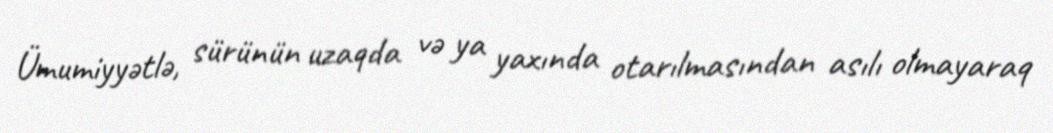
Ümumiyyətlə, sürünün uzaqda və ya yaxında otarılmasından asılı olmayaraq